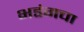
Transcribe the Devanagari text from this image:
भडंगचा